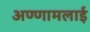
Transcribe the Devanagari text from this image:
अण्णामलाई